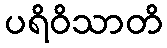
ပရိဝိသာတိ